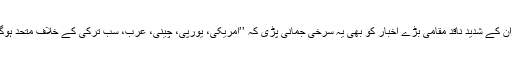
اردوان کے شدید ناقد مقامی بڑے اخبار کو بھی یہ سرخی جمانی پڑی کہ ’’امریکی، یورپی، چینی، عرب، سب ترکی کے خلاف متحد ہوگئے۔